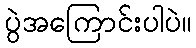
ပွဲအကြောင်းပါပဲ။